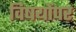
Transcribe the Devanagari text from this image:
विषयोंपर